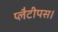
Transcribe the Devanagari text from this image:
प्लैटीपस।